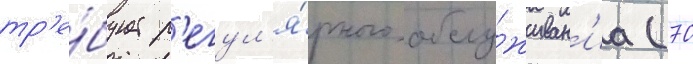
тр'е́бует р'егул'я́рного обслу́живан'иа (70